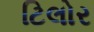
ટિલોર